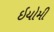
ઇયોમી